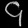
Digit: ၄